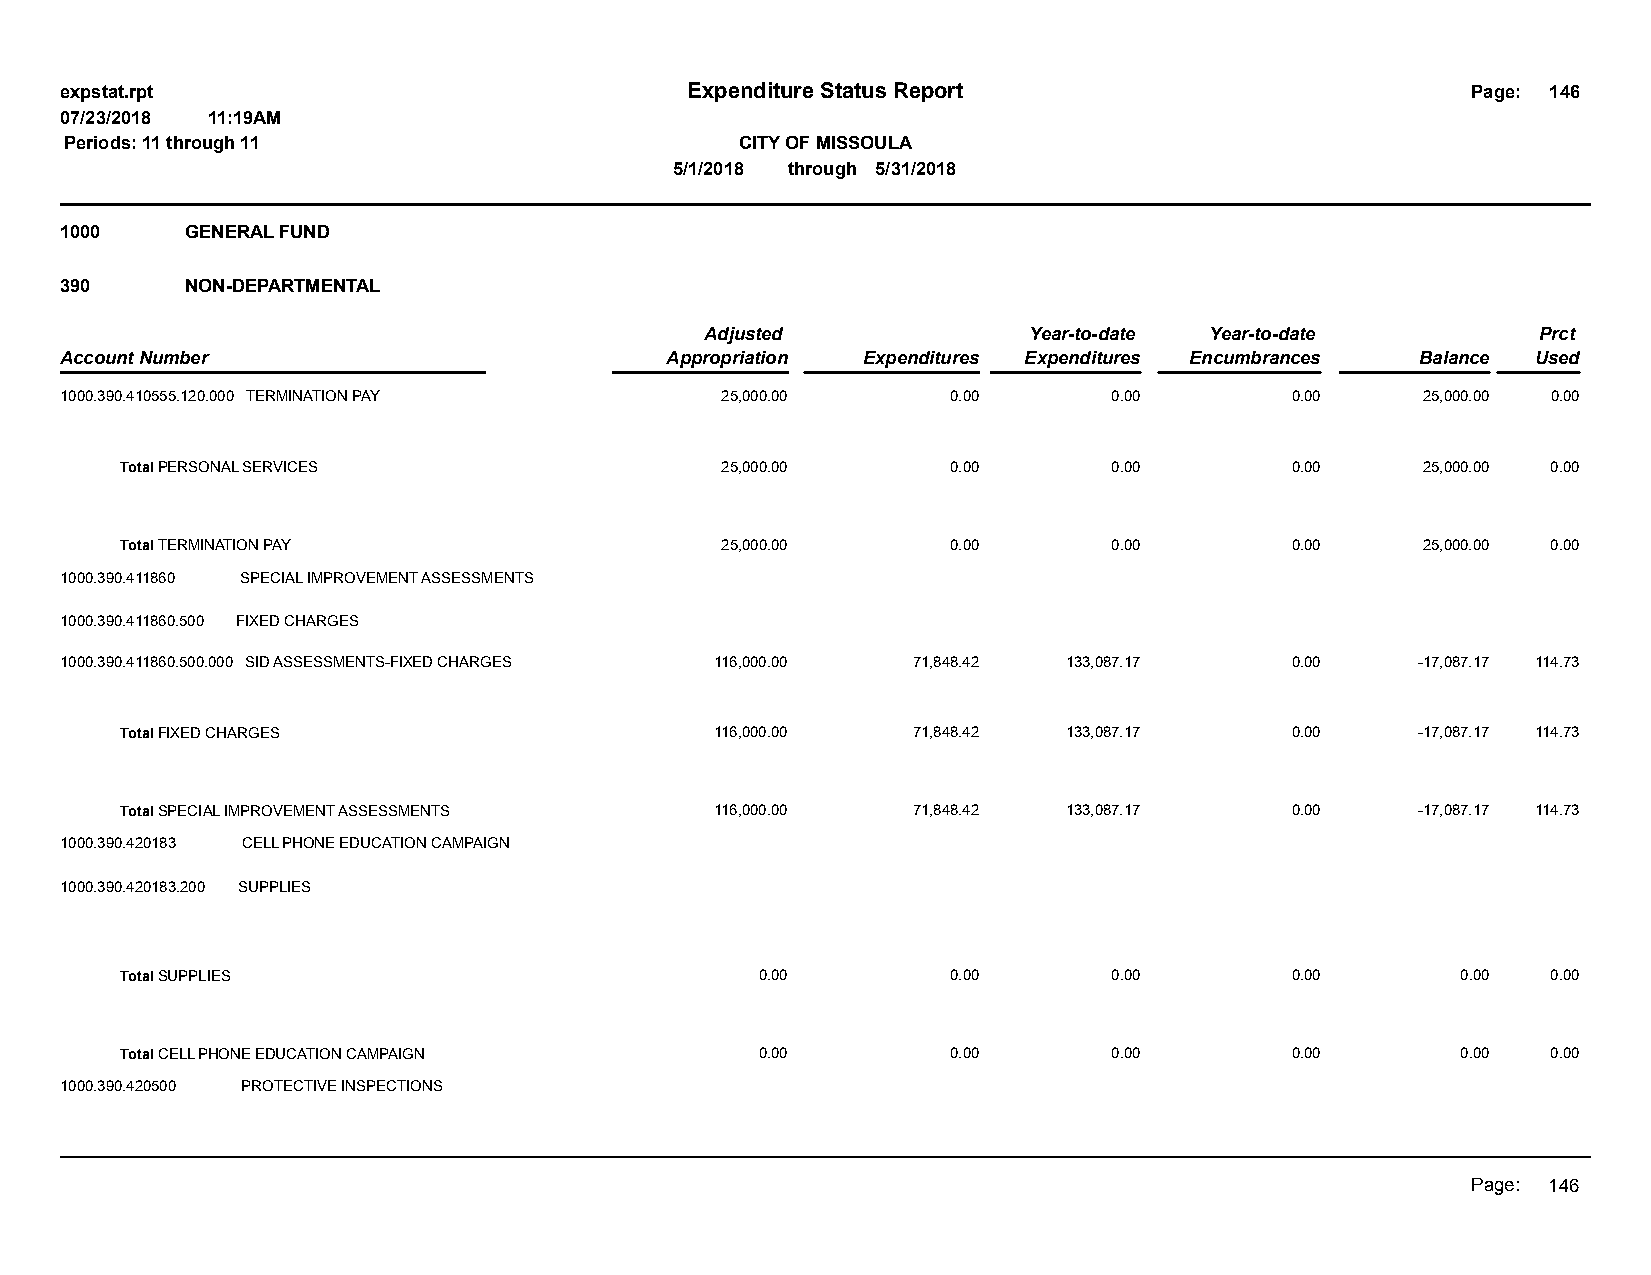
expstat.rpt                              Expenditure Status Report                           Page: 146
 07/23/2018 11:19AM
 Periods: 11 through 11                       CITY OF MISSOULA
 5/1/2018 through 5/31/2018
 1000    GENERAL FUND
 390     NON-DEPARTMENTAL
 Adjusted             Year-to-date Year-to-date         Prct
 Account Number                          Appropriation Expenditures Expenditures Encumbrances Balance Used
 1000.390.410555.120.000 TERMINATION PAY     25,000.00      0.00       0.00       0.00     25,000.00 0.00
 Total PERSONAL SERVICES                 25,000.00      0.00       0.00       0.00     25,000.00 0.00
 Total TERMINATION PAY                   25,000.00      0.00       0.00       0.00     25,000.00 0.00
 1000.390.411860 SPECIAL IMPROVEMENT ASSESSMENTS
 1000.390.411860.500 FIXED CHARGES
 1000.390.411860.500.000 SID ASSESSMENTS-FIXED CHARGES 116,000.00 71,848.42 133,087.17 0.00 -17,087.17 114.73
 Total FIXED CHARGES                    116,000.00   71,848.42  133,087.17    0.00     -17,087.17 114.73
 Total SPECIAL IMPROVEMENT ASSESSMENTS  116,000.00   71,848.42  133,087.17    0.00     -17,087.17 114.73
 1000.390.420183 CELL PHONE EDUCATION CAMPAIGN
 1000.390.420183.200 SUPPLIES
 Total SUPPLIES                            0.00         0.00       0.00       0.00        0.00  0.00
 Total CELL PHONE EDUCATION CAMPAIGN       0.00         0.00       0.00       0.00        0.00  0.00
 1000.390.420500 PROTECTIVE INSPECTIONS
 Page: 146